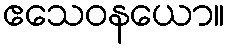
ဧသေဝနယော။